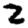
Digit: 2